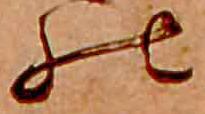
の